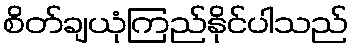
စိတ်ချယုံကြည်နိုင်ပါသည်